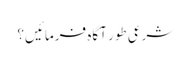
شرعی طور آگاہ فرمائیں؟